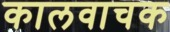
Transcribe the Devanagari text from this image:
कालवाचक